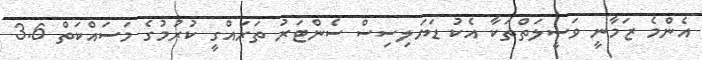
އެންމެ ޒަމާނީ ވަސީލަތްތަކާ އެކު ޑަޔަލިސިސް ސެންޓަރު ތަރައްގީ ކުރުމުގެ މަސައްކަތް 3.6